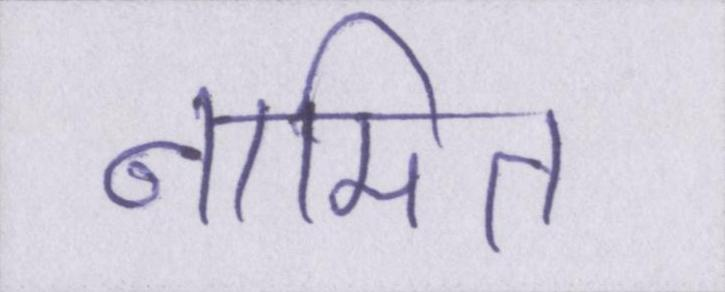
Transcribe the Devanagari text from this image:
नामित